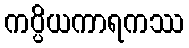
ကပ္ပိယကာရကဿ